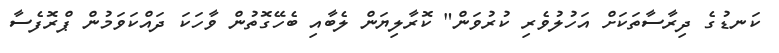
ކަނޑުގެ ދިރާސާތަކަށް އަހުލުވެރި ކުރުވަން" ކޮރާލިޔަން ލެބާއި ބެހޭގޮތުން ވާހަކަ ދައްކަވަމުން ޕްރޮފެސާ